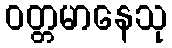
ဝတ္တမာနေသု